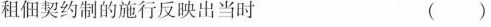
租佃契约制的施行反映出当时 ( )